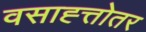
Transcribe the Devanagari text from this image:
वसाह्त्तोतर